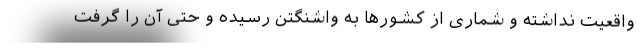
واقعیت نداشته و شماری از کشورها به واشنگتن رسیده و حتی آن را گرفت